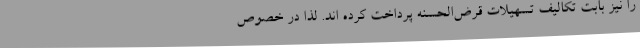
را نیز بابت تکالیف تسهیلات قرض‌الحسنه پرداخت کرده اند. لذا در خصوص